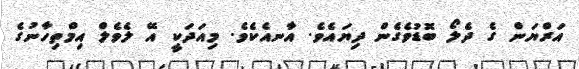
އަރްޔަން ގެ ދެލޯ ބޮޑުވެގެން ދިޔައެވެ. އާނއެކެވެ. މިއަދަކީ އޭ ލެވެލް އިމްތިހާނުގެ